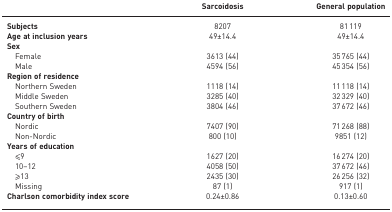
<table><thead><tr><td></td><td><b>Sarcoidosis</b></td><td><b>General population</b></td></tr></thead><tbody><tr><td><b>Subjects</b></td><td>8207</td><td>81 119</td></tr><tr><td><b>Age at inclusion years</b></td><td>49±14.4</td><td>49±14.4</td></tr><tr><td><b>Sex</b></td><td></td><td></td></tr><tr><td> Female</td><td>3613 (44)</td><td>35 765 (44)</td></tr><tr><td> Male</td><td>4594 (56)</td><td>45 354 (56)</td></tr><tr><td><b>Region of residence</b></td><td></td><td></td></tr><tr><td> Northern Sweden</td><td>1118 (14)</td><td>11 118 (14)</td></tr><tr><td> Middle Sweden</td><td>3285 (40)</td><td>32 329 (40)</td></tr><tr><td> Southern Sweden</td><td>3804 (46)</td><td>37 672 (46)</td></tr><tr><td><b>Country of birth</b></td><td></td><td></td></tr><tr><td> Nordic</td><td>7407 (90)</td><td>71 268 (88)</td></tr><tr><td> Non-Nordic</td><td>800 (10)</td><td>9851 (12)</td></tr><tr><td><b>Years of education</b></td><td></td><td></td></tr><tr><td> ≤9</td><td>1627 (20)</td><td>16 274 (20)</td></tr><tr><td> 10–12</td><td>4058 (50)</td><td>37 672 (46)</td></tr><tr><td> ≥13</td><td>2435 (30)</td><td>26 256 (32)</td></tr><tr><td> Missing</td><td>87 (1)</td><td>917 (1)</td></tr><tr><td><b>Charlson comorbidity index score</b></td><td>0.24±0.86</td><td>0.13±0.60</td></tr></tbody></table>